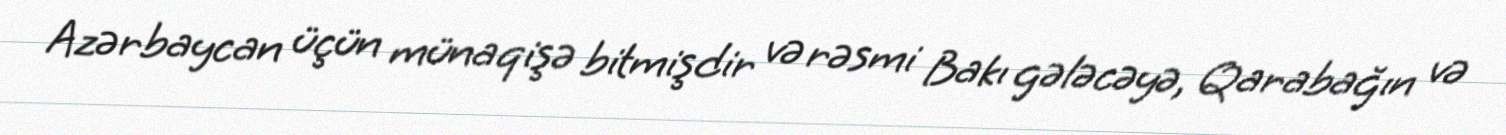
Azərbaycan üçün münaqişə bitmişdir və rəsmi Bakı gələcəyə, Qarabağın və